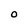
Character: o